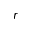
r